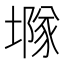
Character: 𡑖